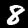
Label: 8